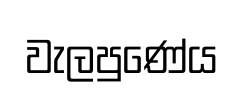
වැලපුණේය